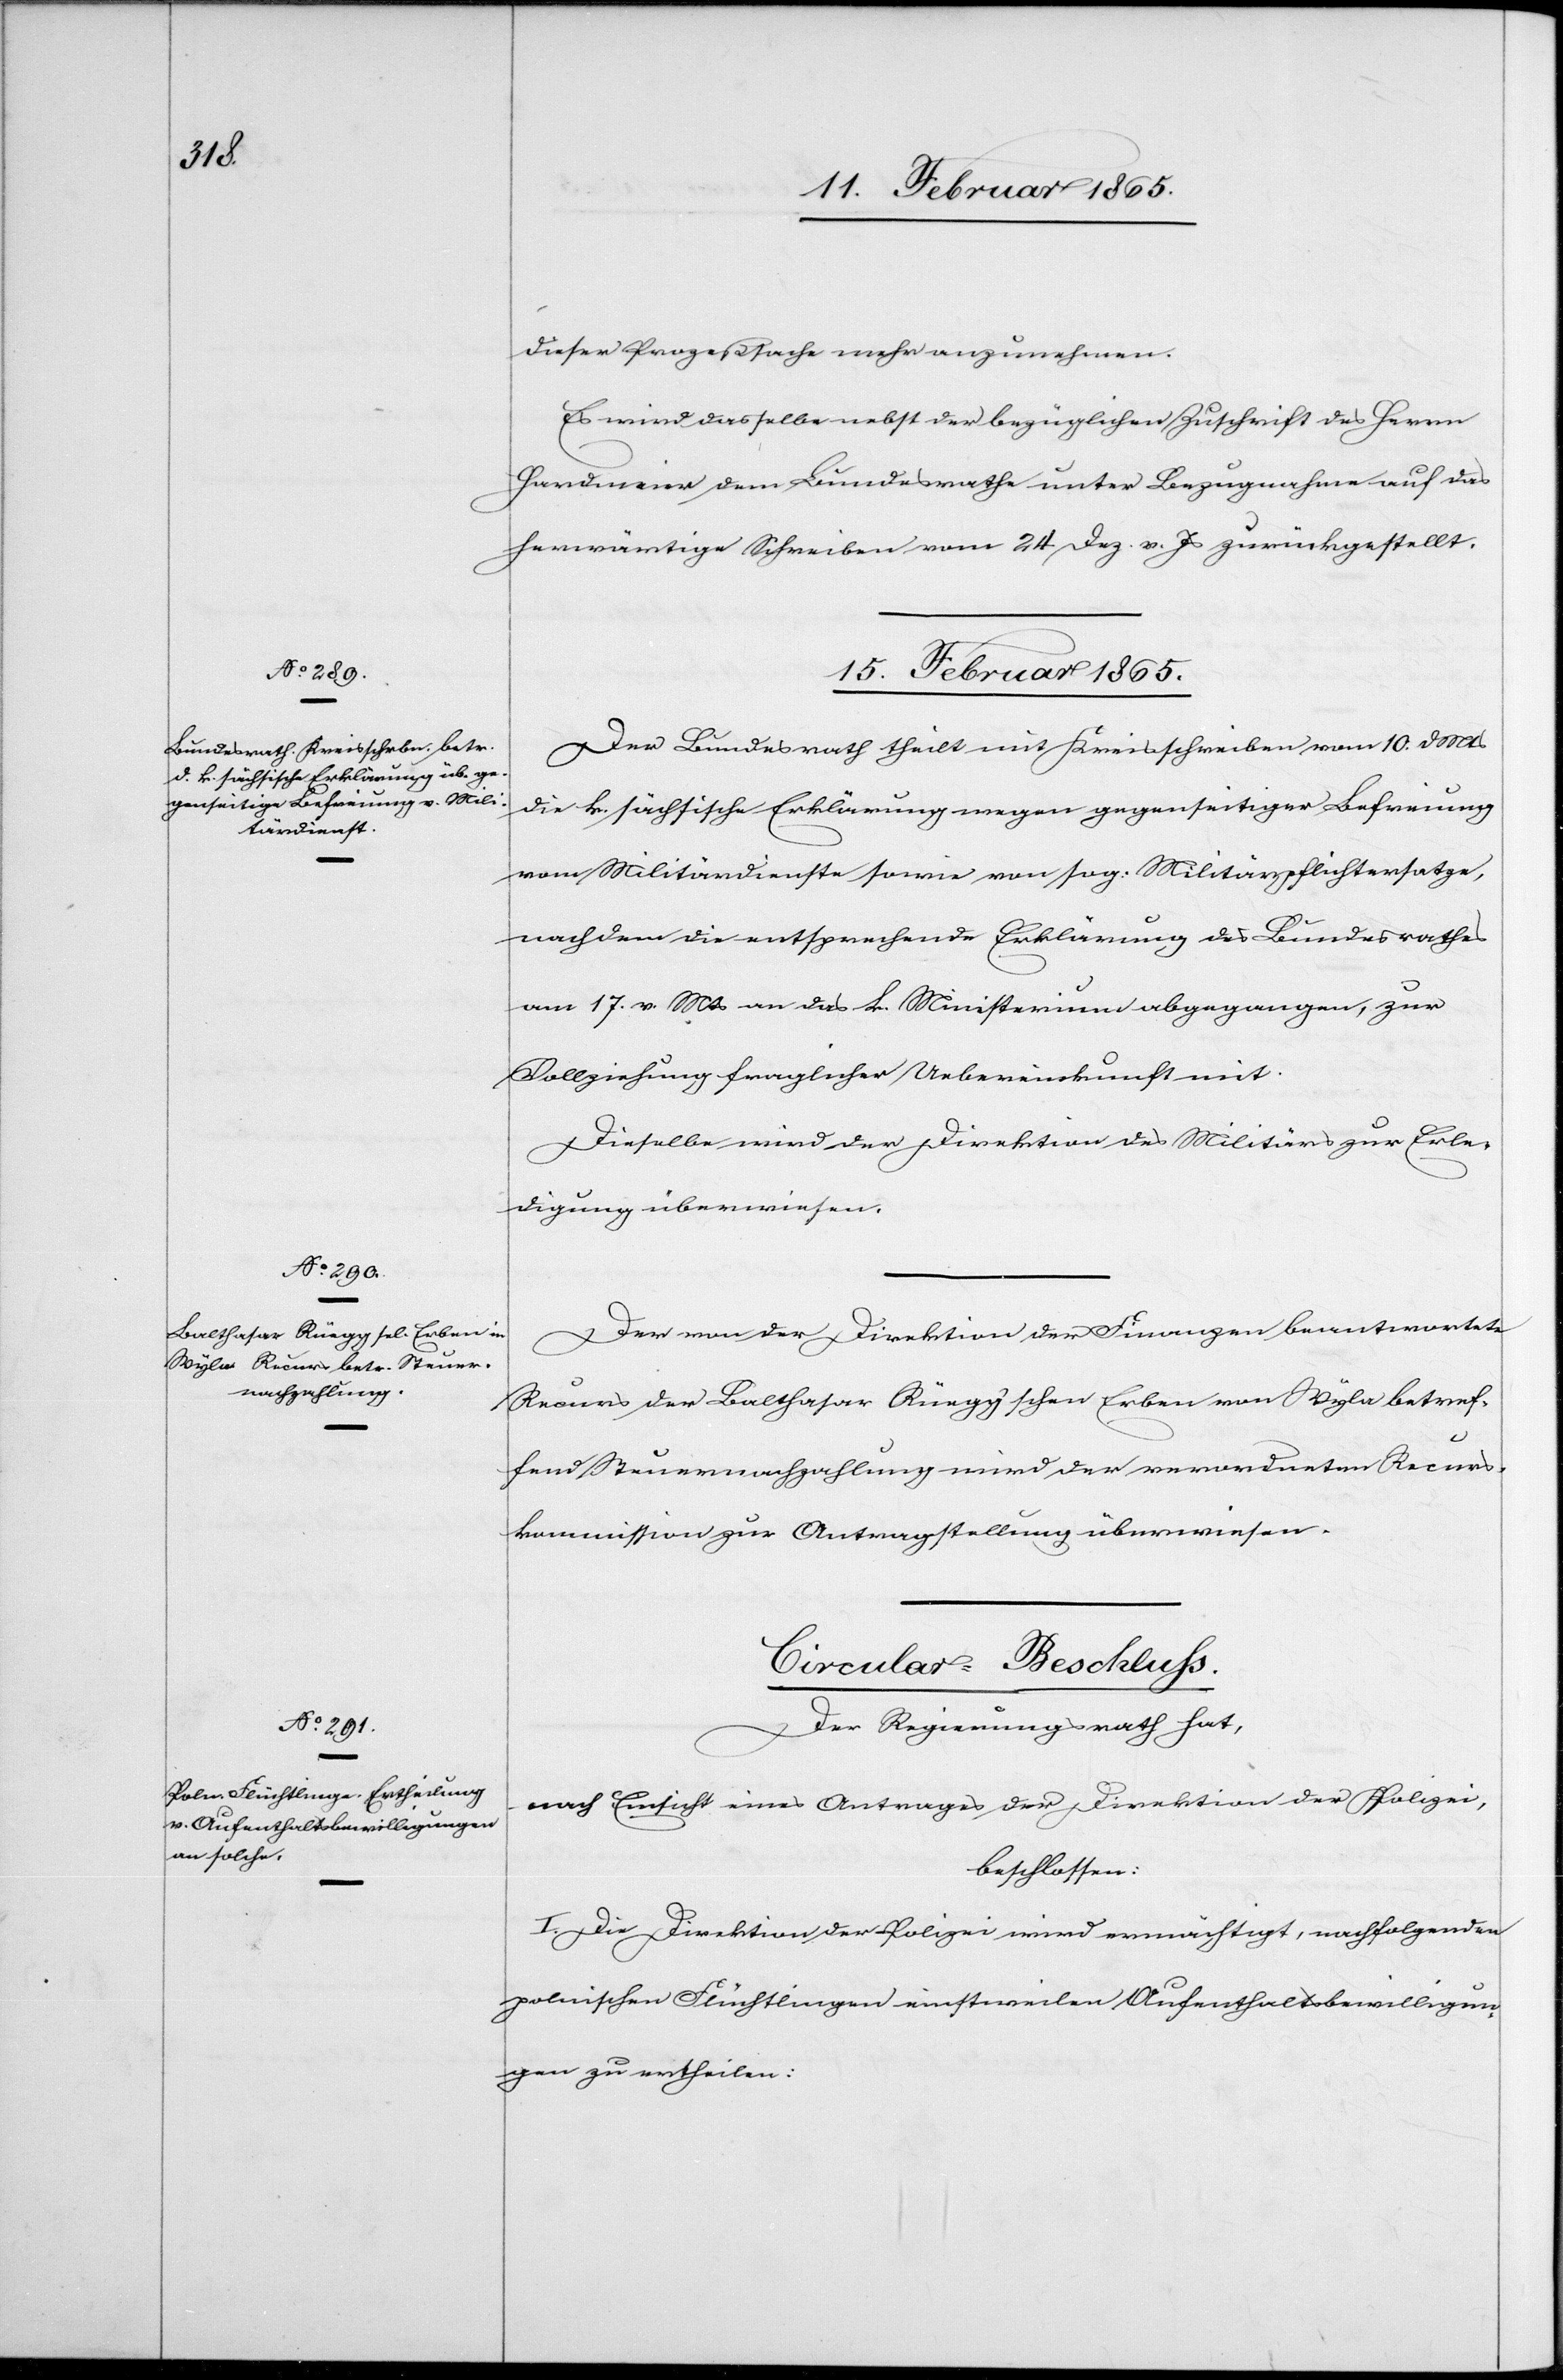
dieser Prozeßsache mehr anzunehmen.
Es wird dasselbe nebst der bezüglichen Zuschrift des Herrn
Hardmeier dem Bundesrathe unter Bezugnahme auf das
herwärtige Schreiben vom 24. Dez. v. Js zurückgestellt.
[15. Februar 1865.]
Der Bundesrath theilt mit Kreisschreiben vom 10. d Mts
die k. sächsische Erklärung wegen gegenseitiger Befreiung
vom Militärdienste sowie von sog. Militärpflichtersatze,
nachdem die entsprechende Erklärung des Bundesrathes
am 17. v. Mts an das k. Ministerium abgegangen, zur
Vollziehung fraglicher Uebereinkunft mit.
Dieselbe wird der Direktion des Militärs zur Erle¬
digung überwiesen.
Der von der Direktion der Finanzen beantwortete
Recurs der Balthasar Rüeggschen Erben von Wyla betref¬
fend Steuernachzahlung wird der verordneten Recurs¬
kommission zur Antragstellung überwiesen.
Circular-Beschluss.
Der Regierungsrath hat,
nach Einsicht eines Antrages der Direktion der Polizei,
beschlossen:
I. Die Direktion der Polizei wird ermächtigt, nachfolgenden
polnischen Flüchtlingen einstweilen Aufenthaltsbewilligun¬
gen zu ertheilen: